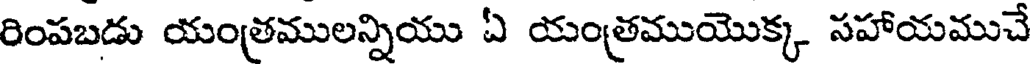
రింపబడు యంత్రములన్నియు ఏ యంత్రముయొక్క సహాయముచే